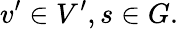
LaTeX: v^{\prime}\in V^{\prime},s\in G.